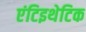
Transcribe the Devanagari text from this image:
एंटिइथेटिक